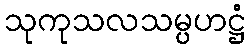
သုကုသလသမ္ပဟဋ္ဌံ